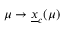
\mu \to \underline { { x } } _ { c } ( \mu )